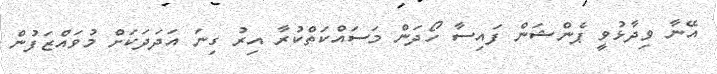
އޭނާ ވިދާޅުވީ ޕެންޝަން ފައިސާ ހޯދަން މަސައްކަތްކުރާ އިރު ގިނަ އަދަދަކަށް މުވައްޒަފުން